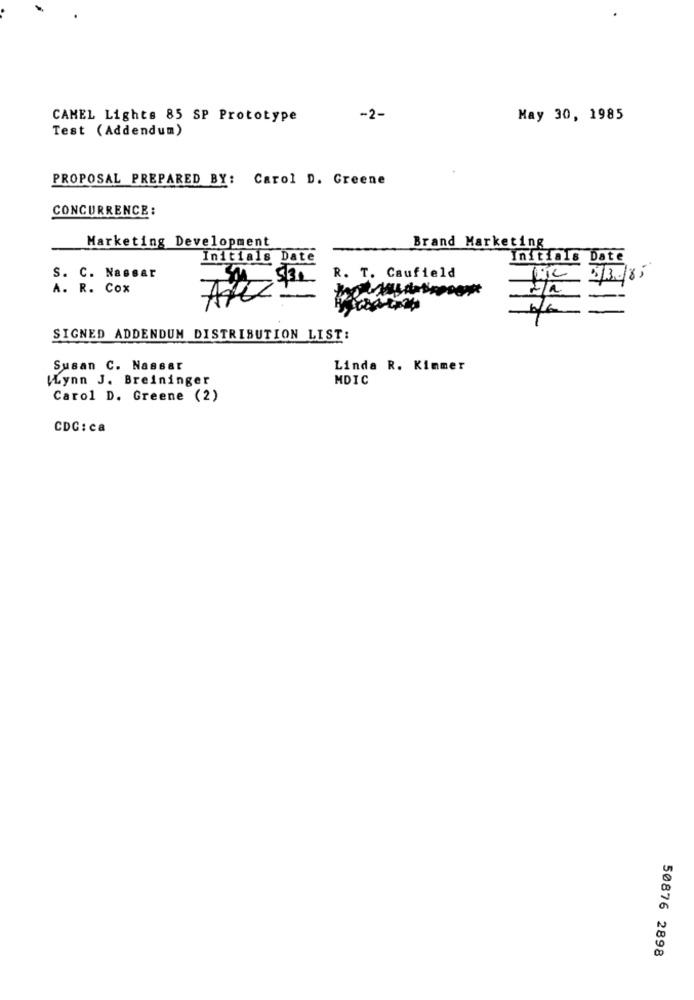
CAMEL Lights 85 SP Prototype
-2-
May 30, 1985
Test (Addendum)
PROPOSAL PREPARED BY: Carol D. Greene
CONCURRENCE :
Marketing Development
Brand Marketing
Initials Date
Initials Date
S. C. Nassar
R. T. Caufield
fjC 1/30/85
A. R. Cox
SIGNED ADDENDUM DISTRIBUTION LIST:
Susan C. Nassar
Linda R. Kimmer
Wynn J. Breininger
MDIC
Carol D. Greene (2)
CDC: ca
50876 2898